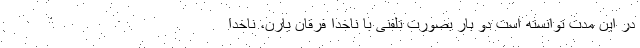
در این مدت توانسته است دو بار بصورت تلفنی با ناخدا فرقان یارِن، ناخدا